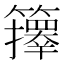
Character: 𥷐